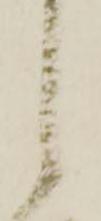
し